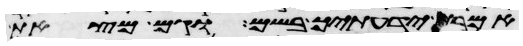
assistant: אמרת ידעתיך בשם וגם מצאת